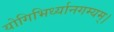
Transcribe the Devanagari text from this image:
योगिभिर्ध्यानगम्यम्।